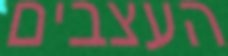
העצבים